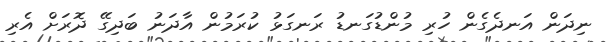
ނިދަން އަނދެގެން ހުރި މުންޑުގަނޑު ރަނގަޅު ކުރަމުން އާދަނު ބަދިގޭ ދޮރަށް އެރި